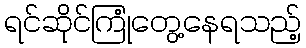
ရင်ဆိုင်ကြုံတွေ့နေရသည့်